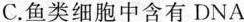
C.鱼类细胞中含有DNA